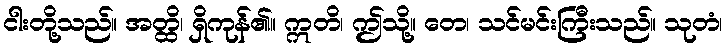
ငါးတို့သည်။ အတ္ထိ၊ ရှိကုန်၏။ ဣတိ၊ ဤသို့။ တေ၊ သင်မင်းကြီးသည်။ သုတံ၊